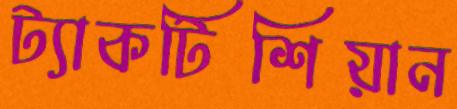
ট্যাকটিশিয়ান